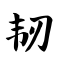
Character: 韧